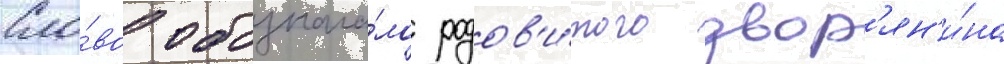
Сло́во обознача́ло родов'и́того двор'ян'и́на